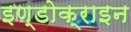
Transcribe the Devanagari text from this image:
इण्डोक्राइन